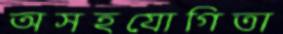
অসহযোগিতা